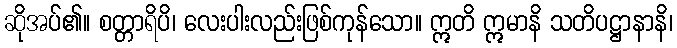
ဆိုအပ်၏။ စတ္တာရိပိ၊ လေးပါးလည်းဖြစ်ကုန်သော။ ဣတိ ဣမာနိ သတိပဋ္ဌာနာနိ၊